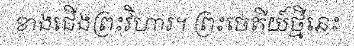
ខាងជើងព្រះវិហារ។ ព្រះចេតីយ៍ថ្មីនេះ